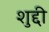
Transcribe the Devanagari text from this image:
शुद्दी